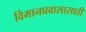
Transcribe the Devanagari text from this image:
विमानप्रवासासाठी